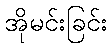
အိုမင်းခြင်း